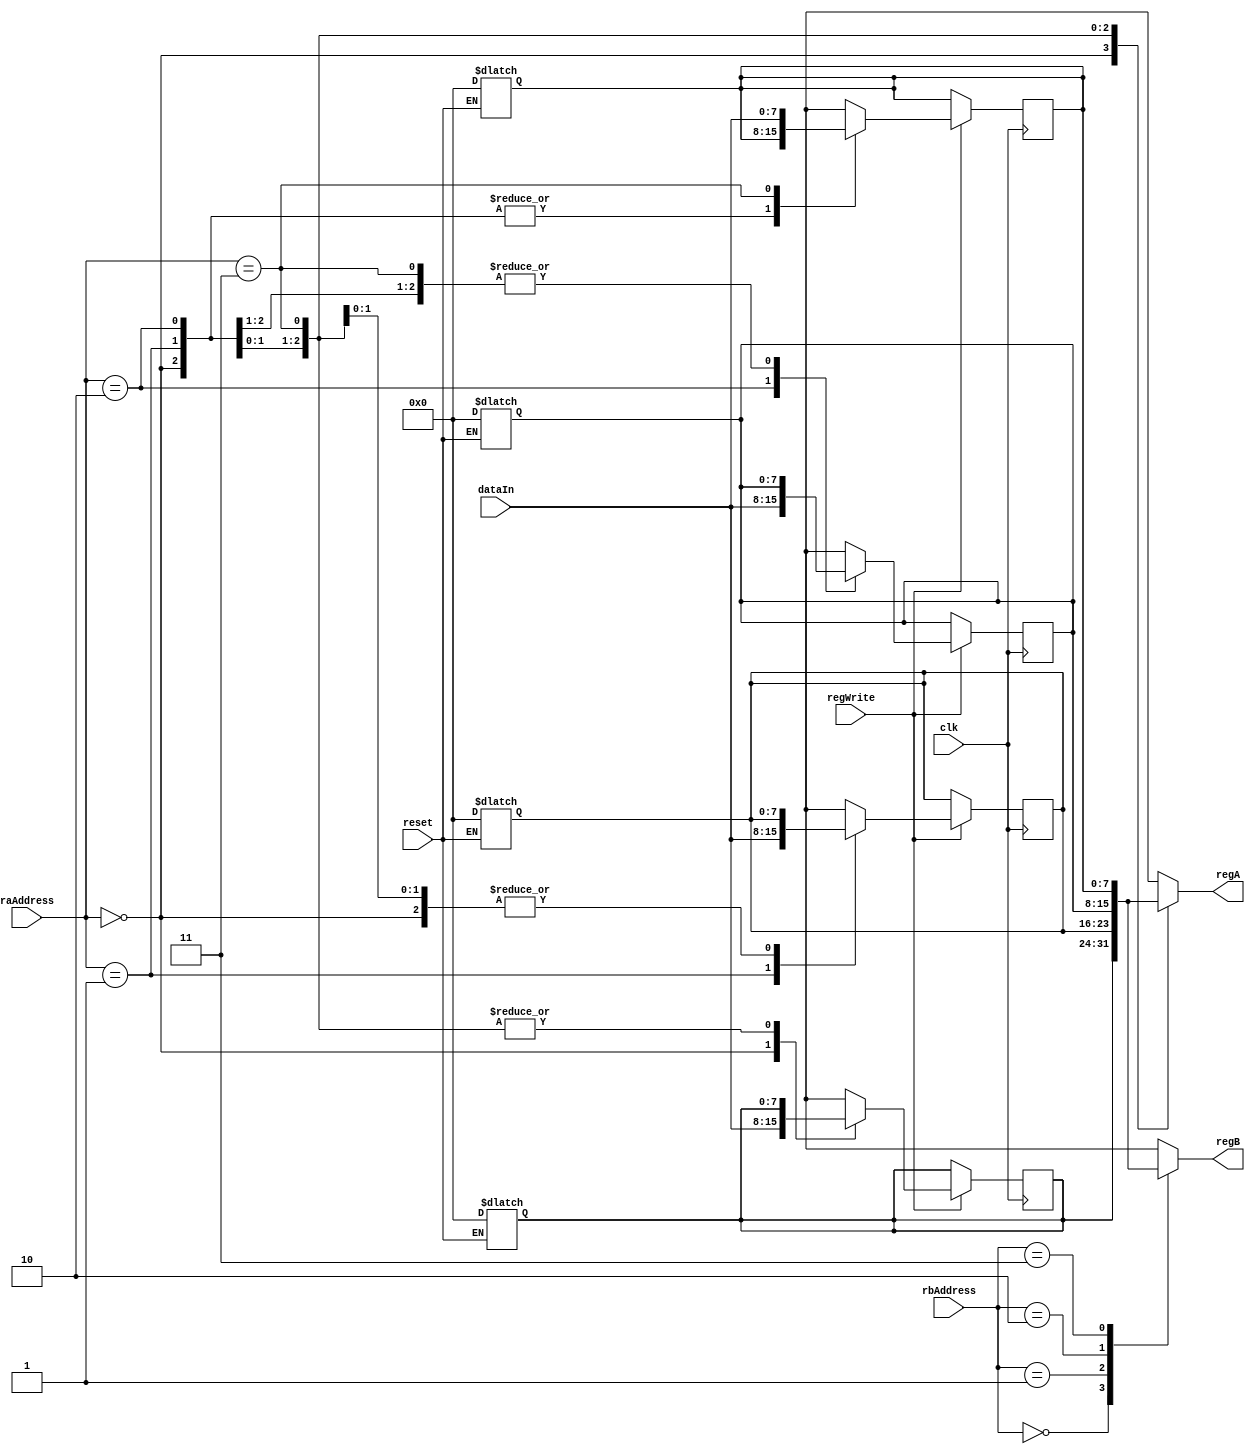
/*
 Written By: Benjamin Zaporzan
 
 Main register holding the 4 8bit values for use in 
 processing instructions
 
 raAddress - [7:0] address for first register
 rbAddress - [7:0] address for second register
 
 regA - [7:0] output for RaAddress
 regB - [7:0] output got RbAddress
 
 regWrite - used to enable writing to Register specified
            by RaAddress with the data provided by DataIn
 dataIn - [7:0] data which is written to Register defined
          by RaAddress
 
 reset - resets each of the registers to 0
 
 clk - the clock
 */

`ifndef MAINREGISTER__V
`define MAINREGISTER__V

module mainRegister(raAddress, rbAddress,
		    regA, regB, regWrite,
		    dataIn, reset, clk);

   //inputs
   input [1:0] raAddress, rbAddress;
   input [7:0] dataIn;
   input       regWrite, reset, clk;

   //outputs
   output [7:0] regA, regB;

   //register memory
   reg [7:0] 	registerMemory [3:0];

   assign regA = registerMemory[raAddress];
   assign regB = registerMemory[rbAddress];
   
   always @(negedge clk) begin
      if (regWrite)
	registerMemory[raAddress] = dataIn;
   end

   always @(reset) begin
      if (reset) begin
	 registerMemory[0] = 0;
	 registerMemory[1] = 0;
	 registerMemory[2] = 0;
	 registerMemory[3] = 0;
      end
   end

endmodule // mainRegister

`endif //MAINREGISTER__V